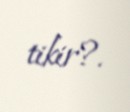
tikir?.